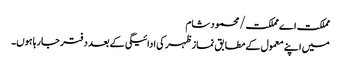
مملکت اے مملکت/محمود شام
میں اپنے معمول کے مطابق نماز ظہر کی ادائیگی کے بعد دفتر جارہا ہوں۔